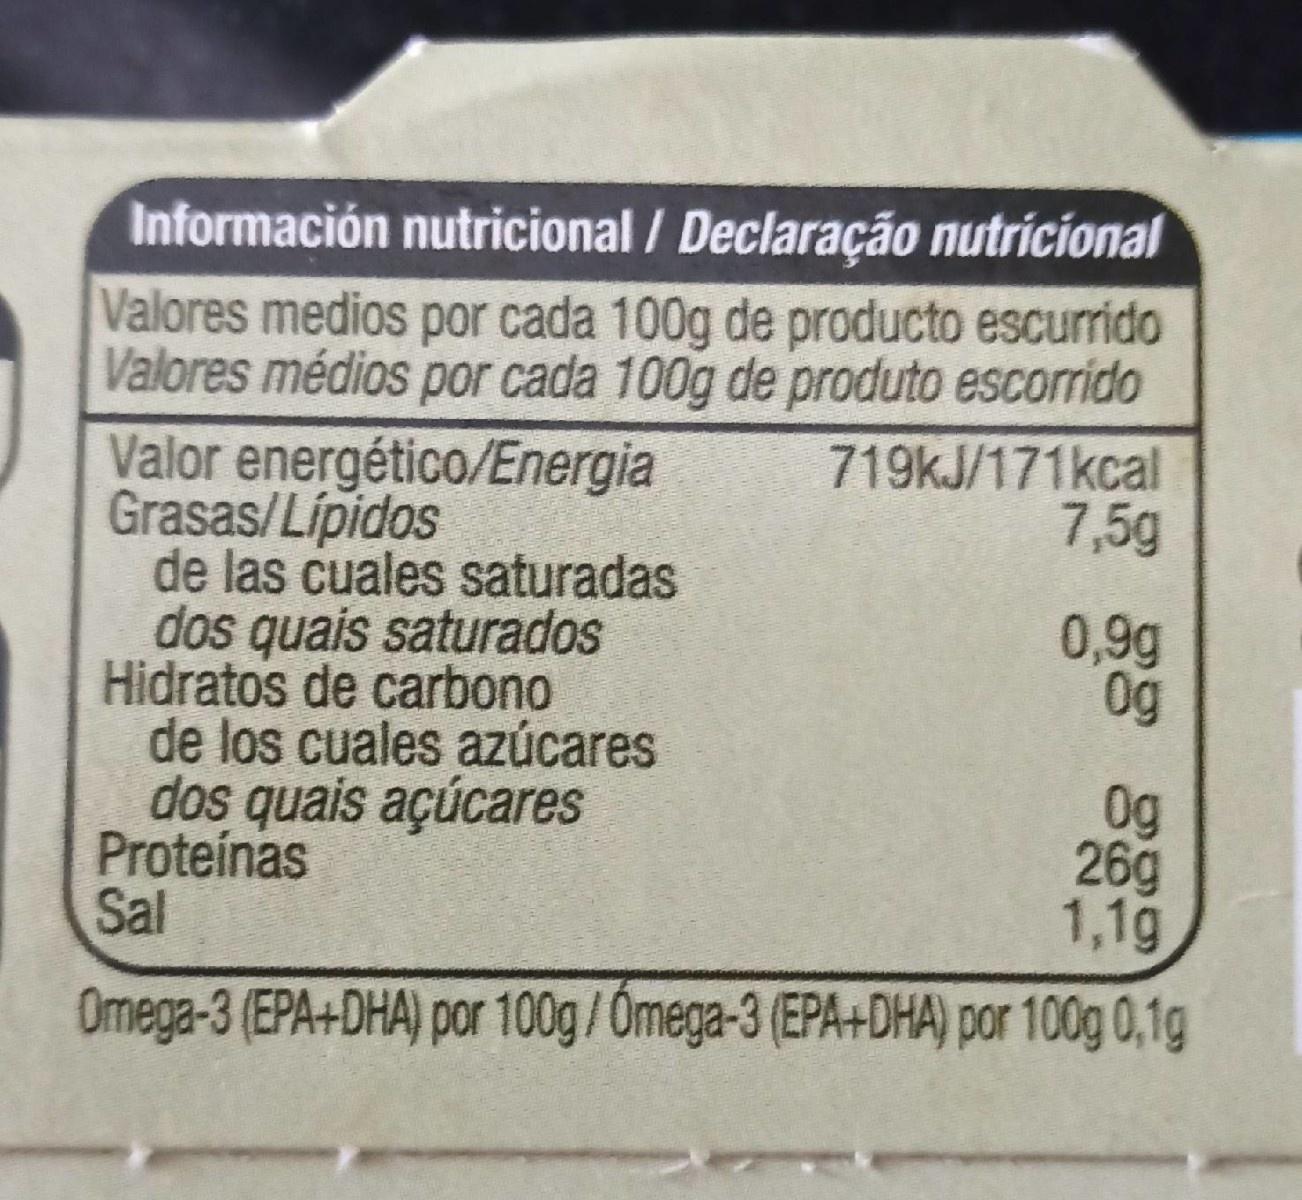
Información nutricional / Declaração nutrícional
Valores medios por cada 100g de producto escurrido Valores médios por cada 100g de produto escorrido
719KJ/171kcal 7,5g
Valor energético/Energia Grasas/Lípidos de las cuales saturadas dos quais saturados Hidratos de carbono de los cuales azúcares dos quais açúcares Proteínas Sal
0,9g
0g 26g 1,1g
Omega-3 (EPA+DHA) por 100g/Ómega-3 (EPA+DHA) por 100g 0,1g